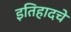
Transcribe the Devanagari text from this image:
इतिहादचे